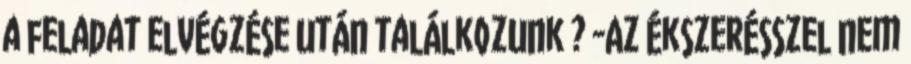
a feladat elvégzése után találkozunk ? -Az ékszerésszel nem